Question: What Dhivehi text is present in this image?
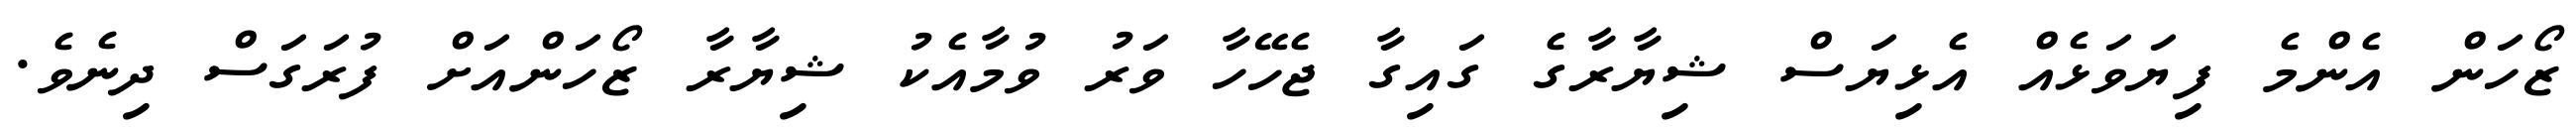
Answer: ޒޯހަން އެންމެ ފިޔަވަޅެއް އެޅިޔަސް ޝިޔާރާގެ ގައިގާ ޖެހޭހާ ވަރު ވުމާއެކު ޝިޔާރާ ޒޯހަންއަށް ފުރަގަސް ދިނެވެ.